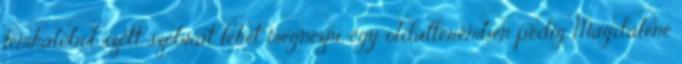
fémhálóból szőtt szobrát lehet megnézni, egy oldalteremben pedig Magdalene